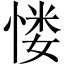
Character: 㥪